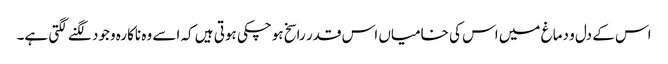
اس کے دل و دماغ میں اس کی خامیاں اس قدر راسخ ہوچکی ہوتی ہیں کہ اسے وہ ناکارہ وجود لگنے لگتی ہے۔